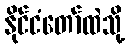
နိုင်ငံတော်ထဲသို့